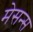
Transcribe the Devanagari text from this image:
मेसन्स